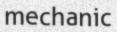
mechanic